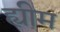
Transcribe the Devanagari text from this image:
ह्यीम